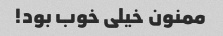
ممنون خیلی خوب بود!